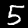
Digit: 5